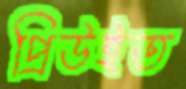
প্রিউইত